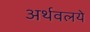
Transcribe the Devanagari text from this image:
अर्थवलये